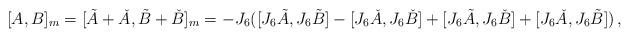
LaTeX: \begin{align*} [A,B]_m = [\tilde A + \check A, \tilde B + \check B]_m = -J_6 ([J_6 \tilde{A},J_6 \tilde{B}]-[J_6\check{A},J_6\check{B}]+[J_6\tilde{A},J_6\check{B}]+[J_6\check{A},J_6\tilde{B}]) \,,\end{align*}